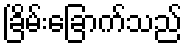
ခြိမ်းခြောက်သည်